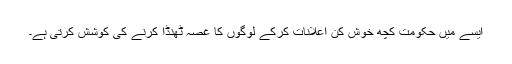
ایسے میں حکومت کچھ خوش کن اعلانات کرکے لوگوں کا غصہ ٹھنڈا کرنے کی کوشش کرتی ہے۔